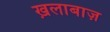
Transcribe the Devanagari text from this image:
ख़लाबाज़